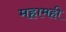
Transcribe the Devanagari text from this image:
महामही